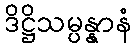
ဒိဋ္ဌိသမ္ပန္နာနံ